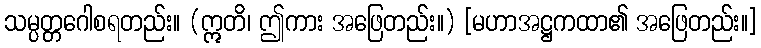
သမ္ပတ္တဂေါစရတည်း။ (ဣတိ၊ ဤကား အဖြေတည်း။) [မဟာအဋ္ဌကထာ၏ အဖြေတည်း။]